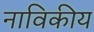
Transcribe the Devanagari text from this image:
नाविकीय